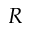
R